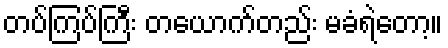
တပ်ကြပ်ကြီး တယောက်တည်း မခံရဲတော့။